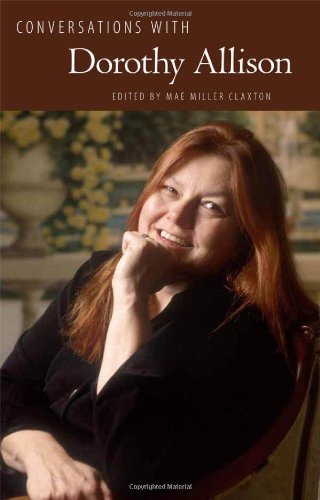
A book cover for Conversations with Dorothy Allison (Literary Conversations Series); Gay & Lesbian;